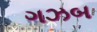
ગઝબ